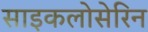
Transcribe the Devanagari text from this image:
साइकलोसेरिन